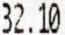
32.10